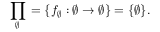
\prod _ { \varnothing } { } = \left\{ f _ { \varnothing } : \varnothing \to \varnothing \right\} = \{ \varnothing \} .